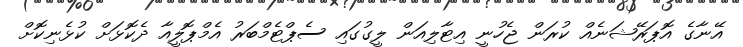
އޭނާގެ އޮޕަރޭޝަނެއް ކުރަން ޖެހުނީ އިޓާލިއަން ލީގުގައި ސެޕްޓެމްބަރު އެމްޕޮލީއާ ދެކޮޅަށް ކުޅެނިކޮށް